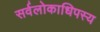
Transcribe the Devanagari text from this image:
सर्वलोकाधिपस्य